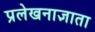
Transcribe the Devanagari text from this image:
प्रलेखनाज्ञाता